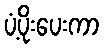
ပံ့ပိုးပေးကာ